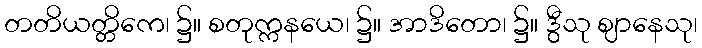
တတိယတ္တိကေ၊ ၌။ စတုက္ကနယေ၊ ၌။ အာဒိတော၊ ၌။ ဒွီသု ဈာနေသု၊